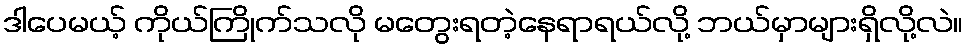
ဒါပေမယ့် ကိုယ်ကြိုက်သလို မတွေးရတဲ့နေရာရယ်လို့ ဘယ်မှာများရှိလို့လဲ။